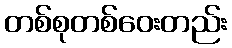
တစ်စုတစ်ဝေးတည်း